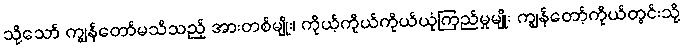
သို့သော် ကျွန်တော်မသိသည့် အားတစ်မျိုး၊ ကိုယ့်ကိုယ်ကိုယ်ယုံကြည်မှုမျိုး ကျွန်တော့်ကိုယ်တွင်းသို့